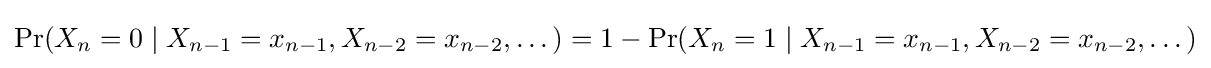
\Pr(X_{n}=0\mid X_{n-1}=x_{n-1},X_{n-2}=x_{n-2},\dots )=1-\Pr(X_{n}=1\mid X_{n-1}=x_{n-1},X_{n-2}=x_{n-2},\dots )